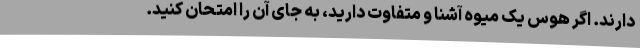
دارند. اگر هوس یک میوه آشنا و متفاوت دارید، به جای آن را امتحان کنید.